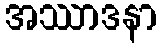
အဿာဒနာ